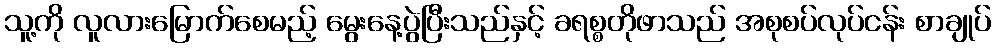
သူ့ကို လူလားမြောက်စေမည့် မွေးနေ့ပွဲပြီးသည်နှင့် ခရစ္စတိုဖာသည် အစုစပ်လုပ်ငန်း စာချုပ်